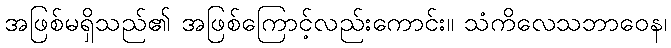
အဖြစ်မရှိသည်၏ အဖြစ်ကြောင့်လည်းကောင်း။ သံကိလေသဘာဝေန၊